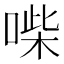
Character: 喍